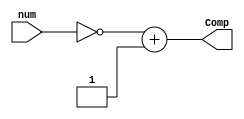
`timescale 1ns / 1ps
//////////////////////////////////////////////////////////////////////////////////
// Company: 
// Engineer: 
// 
// Design Name: 
// Module Name: Twos_Comp
// Project Name: 
// Target Devices: 
// Tool Versions: 
// Description: 
// 
// Dependencies: 
// 
// Revision:
// Revision 0.01 - File Created
// Additional Comments:
// 
//////////////////////////////////////////////////////////////////////////////////


module twos_comp  #(parameter x = 15)(input wire [x-1:0]num, output wire [x-1:0]Comp);
assign Comp = ~num + 1;
endmodule